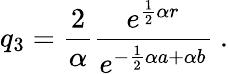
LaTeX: q_{3}=\frac{2}{\alpha}\frac{e^{\frac{1}{2}\alpha r}}{e^{-\frac{1}{2}\alpha a+\alpha b}}\ .